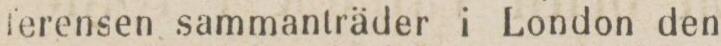
ferensen sammanträder i London den